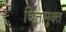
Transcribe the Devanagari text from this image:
चितामुक्त